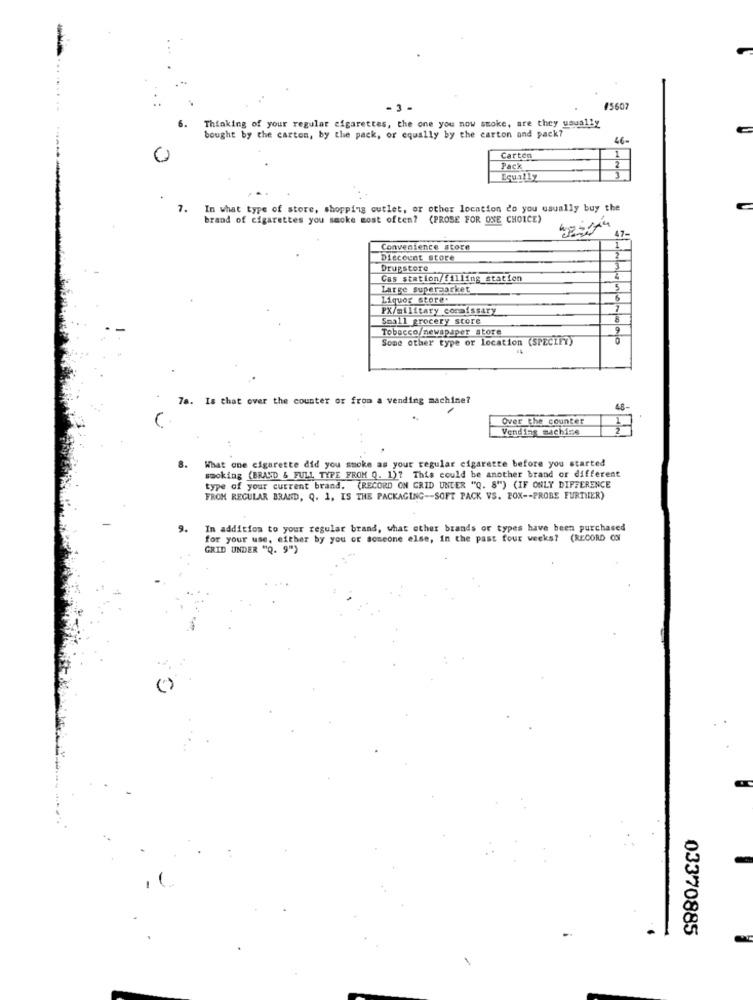
45607
Thinking of your regular cigarettes, the one you now smoke, are they usually
6.
bought by the carton, by the pack, or equally by the carton and pack?
46-
Carton
Pack
2
Equally
7.
In what type of store, shopping outlet, or other location do you usually buy the
brand of cigarettes you smoke most often? (PROSE FOR ONE CHOICE)
Convenience store
Discount store
Drupstore
3
Cas station/filling station
Large supermarket
5
Liquor store.
6
PX/military commissary
Small grocery store
B
Tobacco/newspaper store
9
Some other type or location (SPECIFY)
78. Is that over the counter or from a vending machine?
4.8-
Over the counter
Vending machine
8.
What one cigarette did you smoke as your regular cigarette before you started
smoking (BRAND & FULL TYPE FROM Q. 1)7 This could be another brand or different
type of your current brand. (RECORD ON GRID UNTER "Q. 8") (IF ONLY DIFFERENCE
FROM REGULAR BRAND, Q. 1, IS THE PACKAGING -- SOFT PACK VS. POX -- PROBE FURTHER)
9.
In addition to your regular brand, what other brands or types have been purchased
for your use, either by you or someone else, in the past four weeks? (RECORD ON
GRID UNDER "Q. 9")
03370885